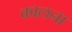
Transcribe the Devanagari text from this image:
कालना